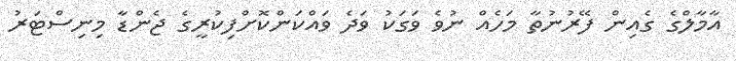
އާމާލްގެ ގެއިން ފޭރުނުތާ މަހެއް ނުވެ ވަގަކު ވަދެ ވައްކަންކޮށްފިކުރީގެ ޖެންޑާ މިނިސްޓަރު